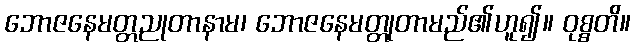
ဘောဇနေမတ္တညုတာနာမ၊ ဘောဇနေမတ္တုတာမည်၏ဟူ၍။ ဝုစ္စတိ။